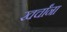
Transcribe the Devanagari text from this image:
खर्चांना